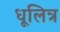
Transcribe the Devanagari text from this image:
धूलित्र